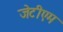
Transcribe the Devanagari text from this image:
जेटीएम